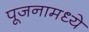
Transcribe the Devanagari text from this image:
पूजनामध्ये